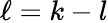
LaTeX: \ell=k-l